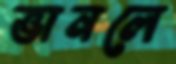
ভানলে